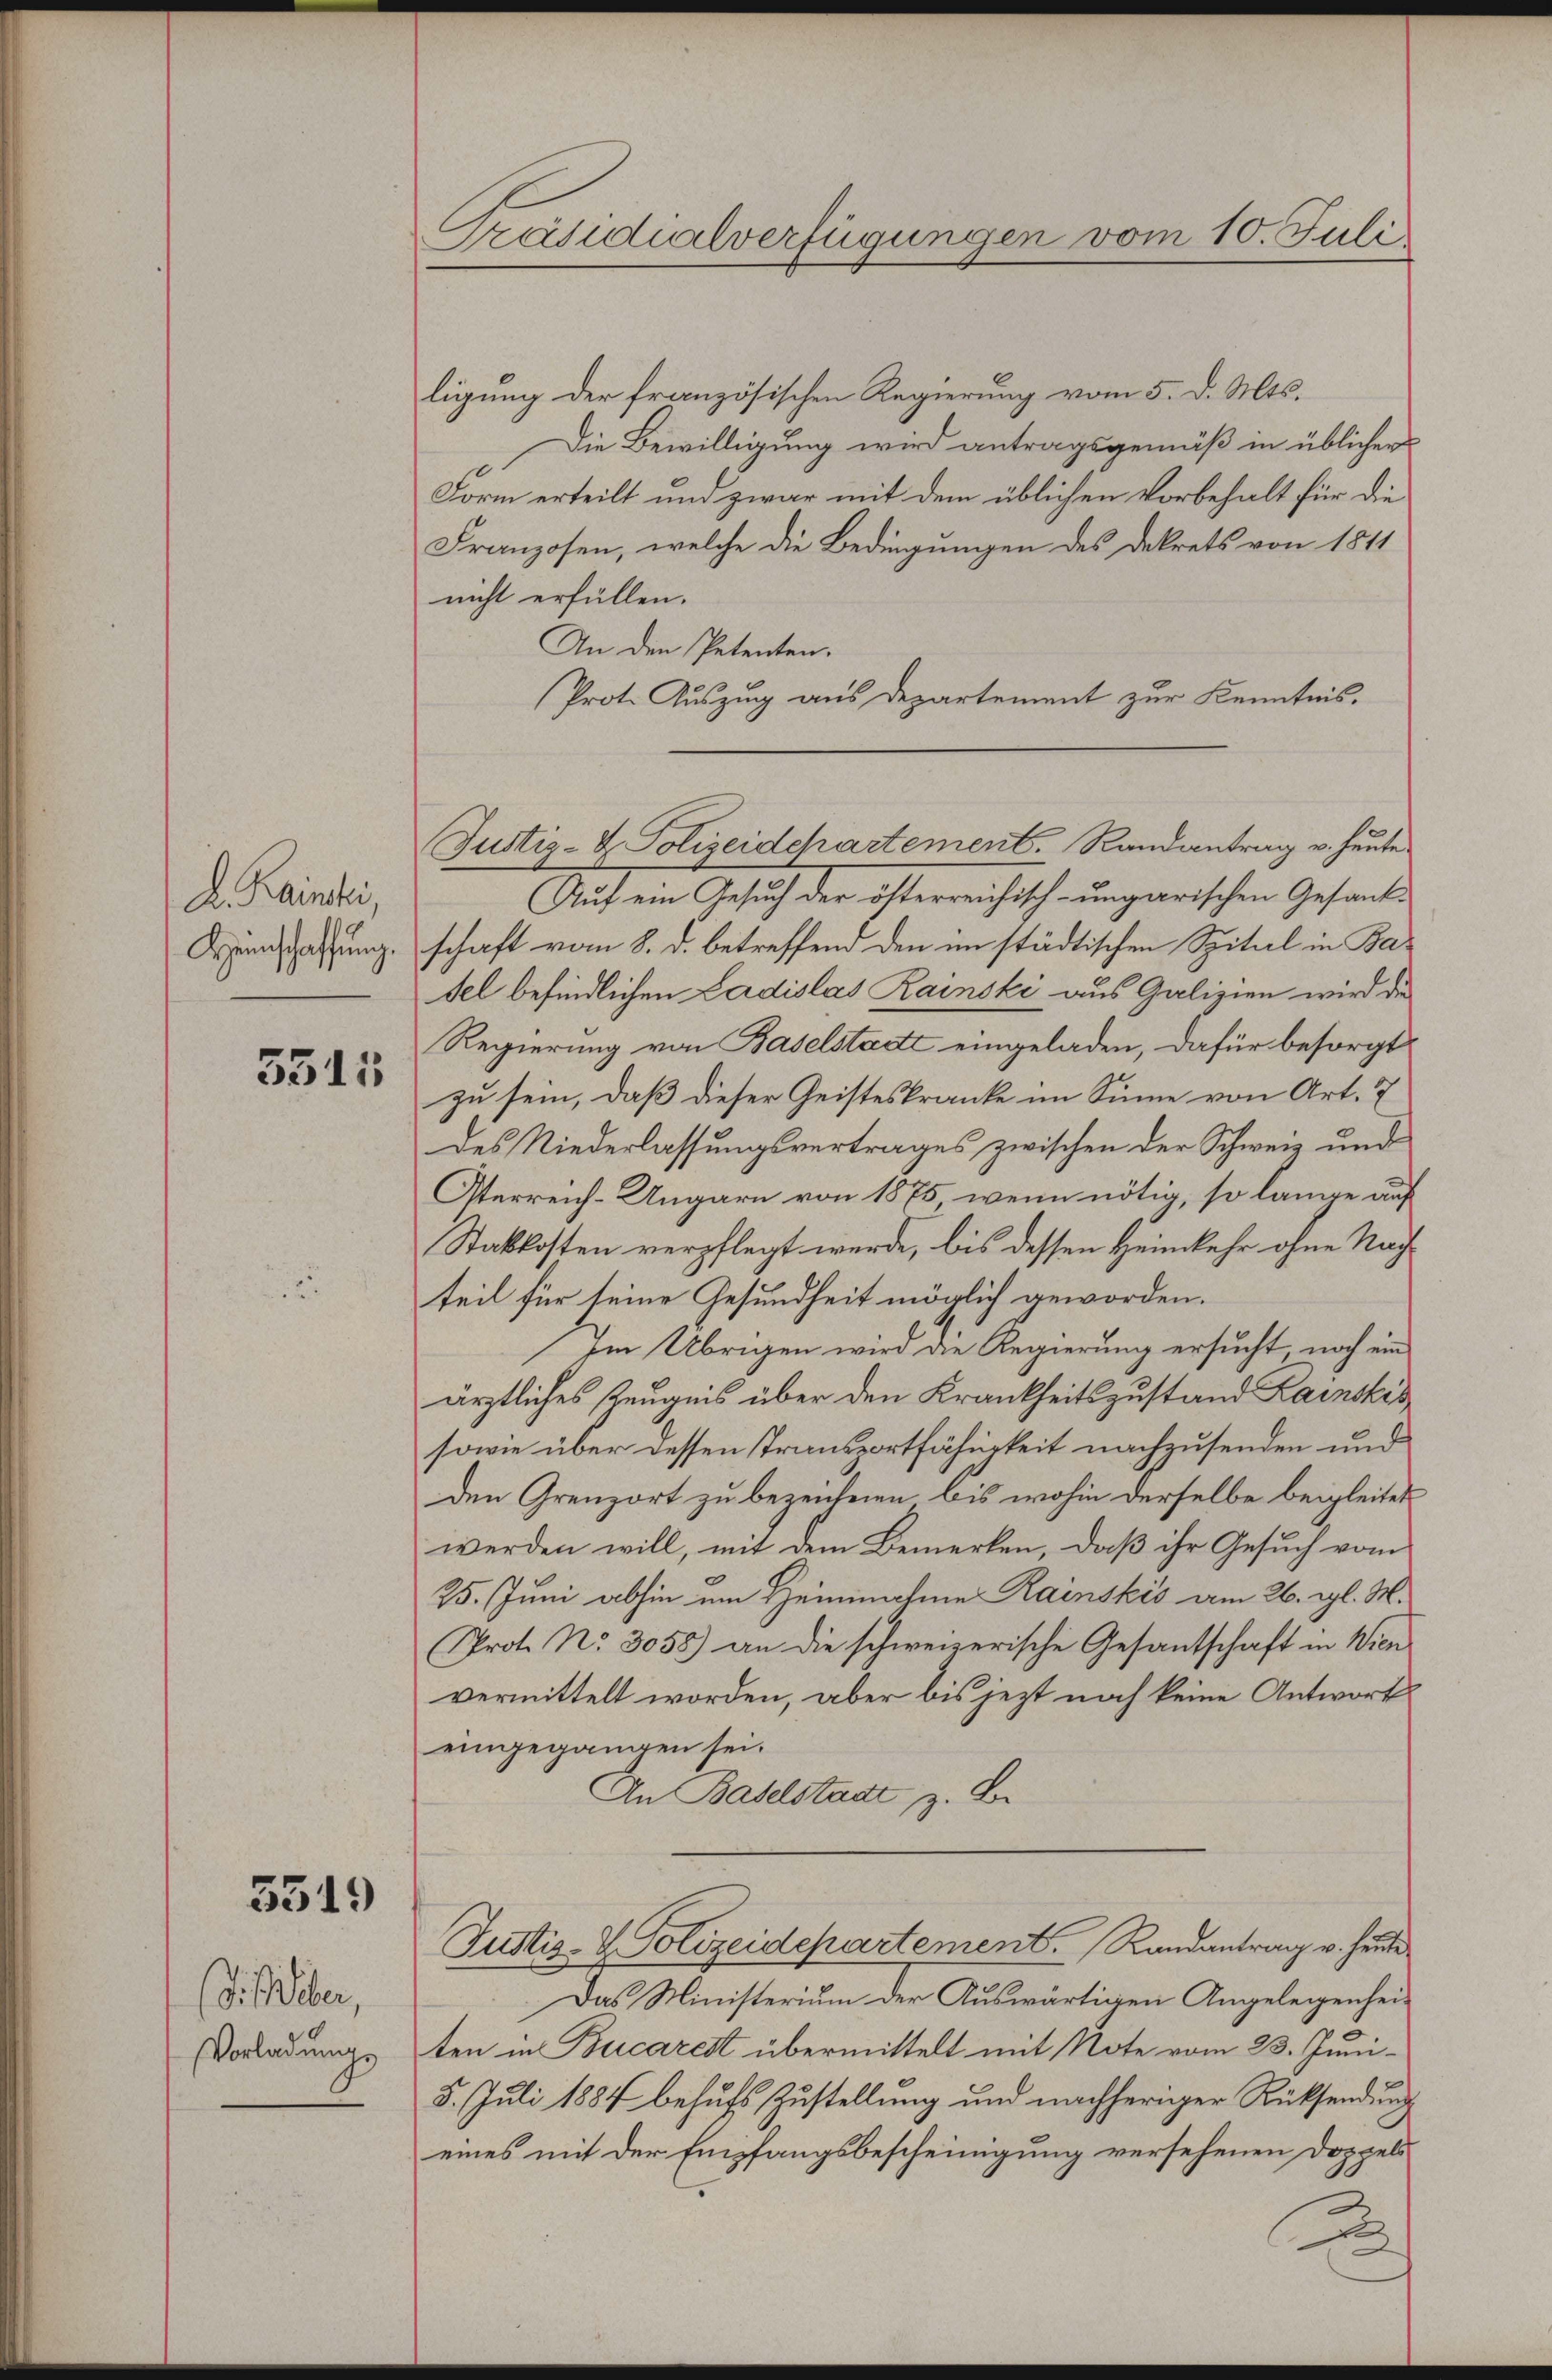
L. Kaini,
Heinschaffŭng.

3515

5519

Sisilber,
Vorladungs

Präsidialverfügungen vom 10. Juli

ligung der französischen Regierung vom 5. d. Mts.
Die Bewilligung wird antragsgemäß in üblicher
Form erteilt und zwar mit dem üblichen Vorbehalt für die
Franzosen, welche die Bedingungen des Dekrets von 1811
nicht erfüllen.
An den Petenten.
Prot. Auszug aus Departement zur Kenntnis.
Aŭf ein Gesuch der österreichisch-ungarischen Gesank-
schaft vom 8. d. betreffend den im städtischen Spital in Basel befindlichen Ladislas Rainski aus Galizien wird die
Regierung von Baselstadt eingeladen, dafür besorgt
zu sein, daß dieser Geisteskranke im Sinne von Art. 7
des Niederlassungsvertrages zwischen der Schweiz und
Oterreich-Ungarn von 1875, wenn nötig, so lange auf
Stakkosten verpflegt werde, bis dessen Heimkehr ohne Nachteil für seine Gesundheit möglich geworden.
Im Übrigen wird die Regierung ersucht noch ein
ärztliches Zeugnis über den Krankheitszustand Lainskis
sowie über dessen Transportfähigkeit nachzusenden und
den Grenzort zu bezeichnen, bis wohin derselbe beigleitet
werden will, mit dem Bemerken, daß ihr Gesuch vom
25. Juni abhin im Heinnahme Rainskis am 26. gl. M.
Prot. No. 3055) an die schweizerische Gesantschaft in Wien
vermittelt worden, aber bis jezt noch keine Antwort
eingegangen sei.
An Baselstadt z. B.
Justiz- & Polizeidepartement. Randantrag v. heute
Das Ministerium der Auswärtigen Angelegenheiten in Bucarest übermittelt mit Note vom 23. Juni¬
8. Juli 1884 behufs Zustellung und nachheriger Rücksendung
eines mit der Empfangsbescheinigung versehenen Doppels
d

Justiz- & Polizeidepartement. Randantrag v. heute